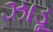
ઝાડૂ